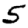
Digit: 5